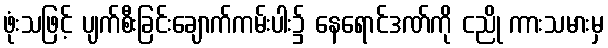
ဖုံးသဖြင့် ပျက်စီးခြင်းချောက်ကမ်းပါး၌ နေရောင်ဒဏ်ကို ငညို ကားသမားမှ